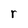
Character: r